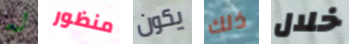
له منظور يكون ذلك خلال